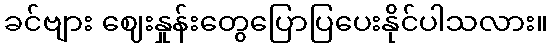
ခင်ဗျား ဈေးနှုန်းတွေပြောပြပေးနိုင်ပါသလား။